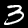
Digit: 3